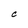
Character: C